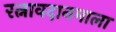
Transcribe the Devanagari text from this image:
रत्नावदानमाला